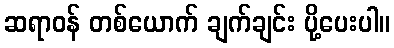
ဆရာဝန် တစ်ယောက် ချက်ချင်း ပို့ပေးပါ။